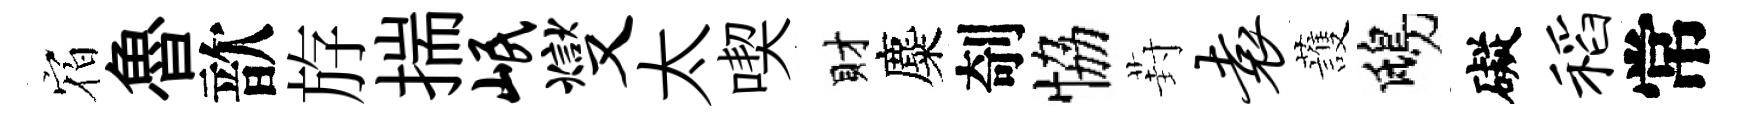
𪧐魯歆斿揣岷燮太喫財麋剞恊葑袁䕶鴟礙稻常